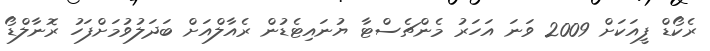
ރެކޯޑް ފީއަކަށް 2009 ވަނަ އަހަރު މެންޗެސްޓާ ޔުނައިޓެޑުން ރެއާލްއަށް ބަދަލުވުމަށްފަހު ރޮނާލްޑޯ